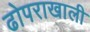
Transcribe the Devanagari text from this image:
ढोपराखाली